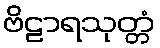
ဗိဠာရသုတ္တံ